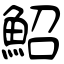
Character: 鮉